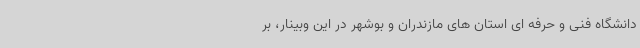
دانشگاه فنی و حرفه ای استان های مازندران و بوشهر در این وبینار، بر